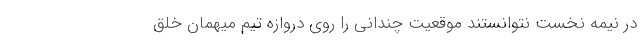
در نیمه نخست نتوانستند موقعیت چندانی را روی دروازه تیم میهمان خلق